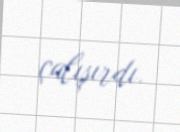
çalışırdı.